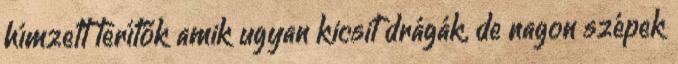
hímzett terítők amik ugyan kicsit drágák, de nagon szépek